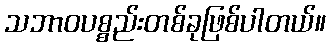
သဘာဝပစ္စည်းတစ်ခုဖြစ်ပါတယ်။